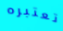
تعتبره